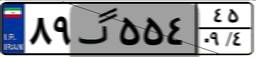
۷۶گ۲۲۱۶۸